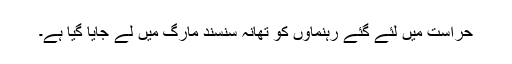
حراست میں لئے گئے رہنماؤں کو تھانہ سنسند مارگ میں لے جایا گیا ہے۔